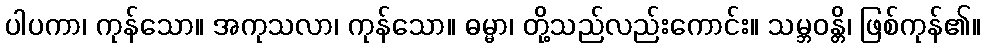
ပါပကာ၊ ကုန်သော။ အကုသလာ၊ ကုန်သော။ ဓမ္မာ၊ တို့သည်လည်းကောင်း။ သမ္ဘဝန္တိ၊ ဖြစ်ကုန်၏။